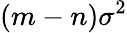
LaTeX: (m-n)\sigma^{2}